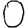
Digit: 0